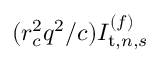
( r _ { c } ^ { 2 } q ^ { 2 } / c ) I _ { \mathrm { t } , n , s } ^ { ( f ) }